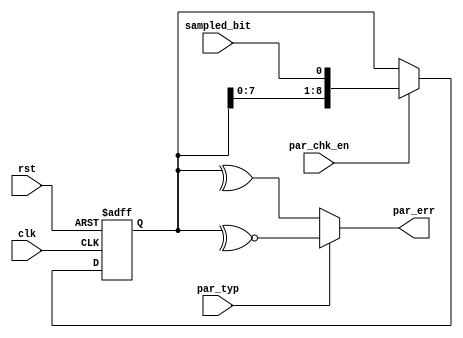
module parity_check (clk, rst, par_chk_en, sampled_bit, par_typ, par_err);

input clk, rst, par_chk_en, sampled_bit, par_typ;
output reg par_err;

reg [8:0] ff;

always@(posedge clk or negedge rst)
begin
    if(!rst)
    ff <= 'b0;
    else if (par_chk_en)
    {ff[8:0]} <= { ff[7:0] , sampled_bit};
end

always@(*)
begin
    if(par_typ)
    par_err = ~^ff;
    else
    par_err = ^ff;
end

endmodule